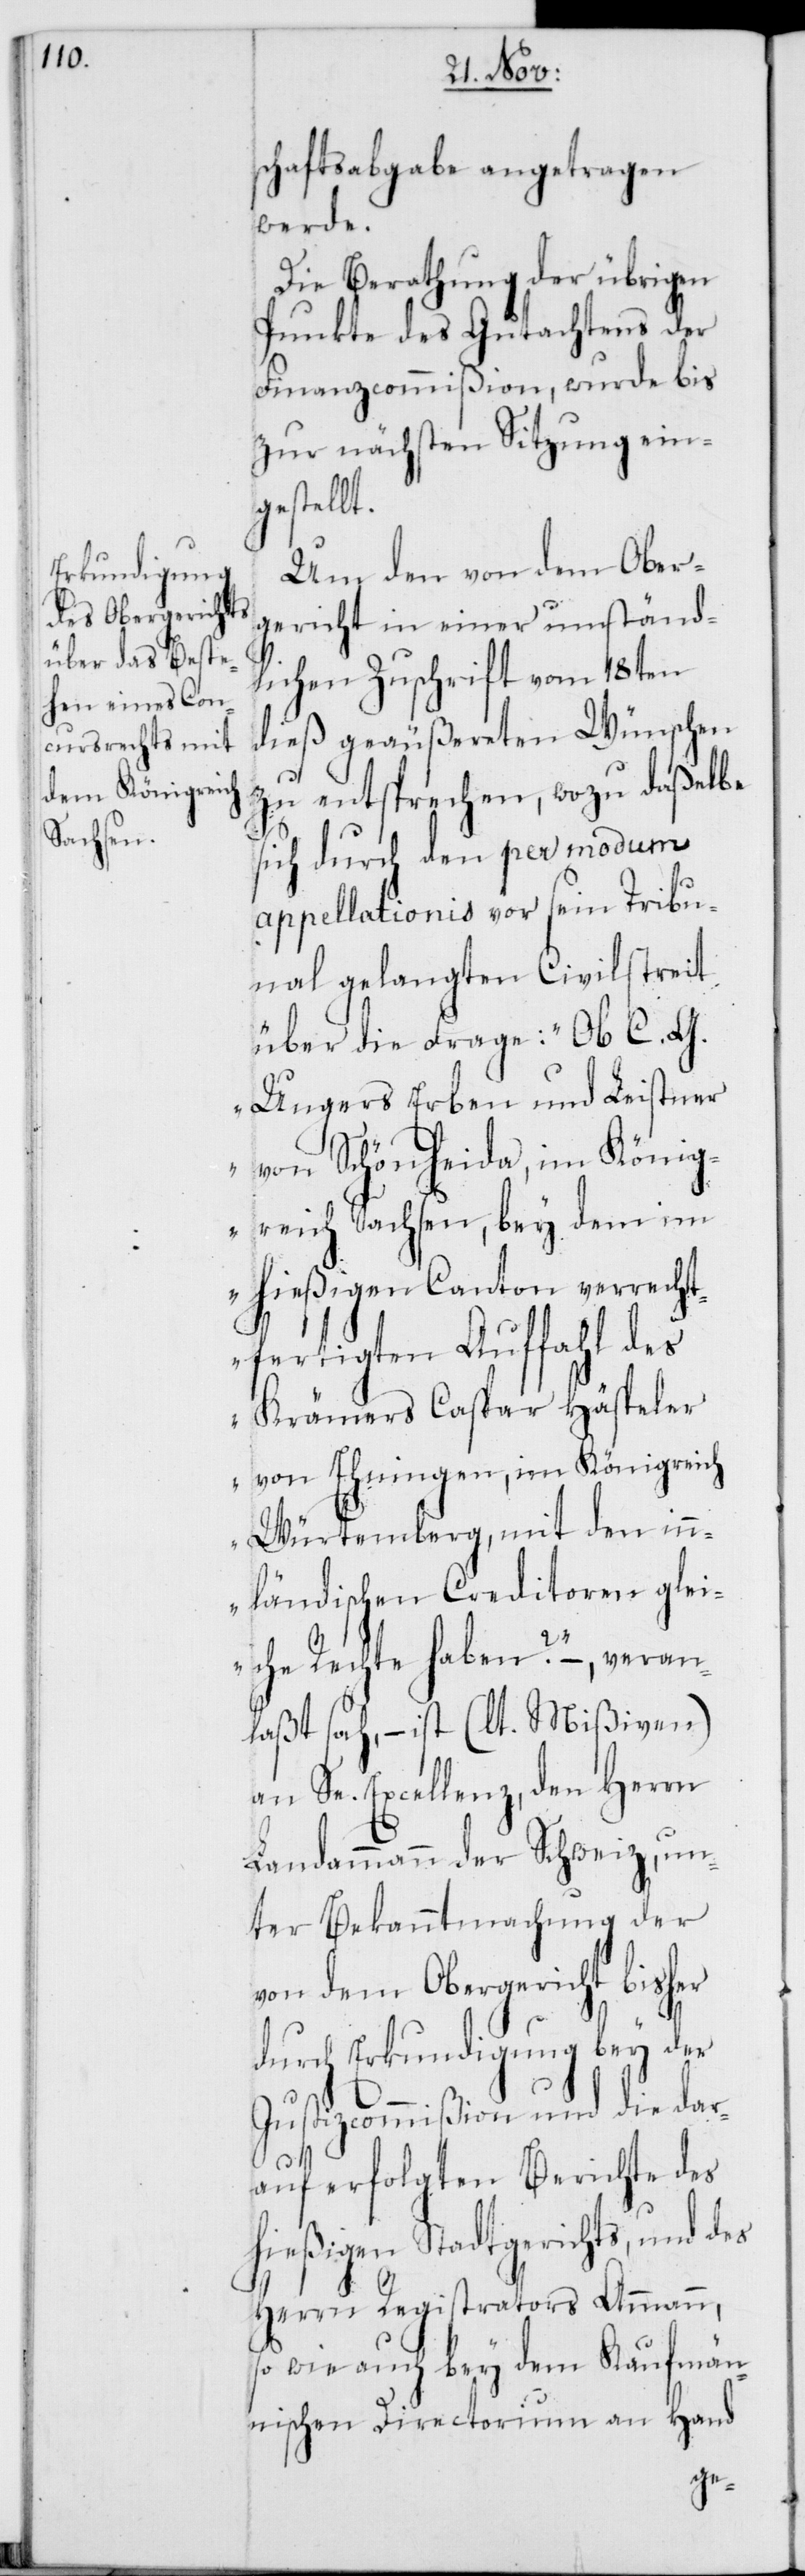
schaftsabgabe angetragen
werde.
Die Berathung der übrigen
Punkte des Gutachtens der
Finanzcommißion, wurde bis
zur nächsten Sitzung ein¬
gestellt.
Um den von dem Ober¬
gericht in einer umständ¬
lichen Zuschrift vom 18ten
dieß geäußereten Wünschen
zu entsprechen, wozu daßelbe
sich durch den per modum
appellationis vor sein Tribu¬
nal gelangten Civilstreit
über die Frage: „Ob C. G.
Ungers Erben und Leistner
von Schönheida, im König¬
reich Sachsen, bey dem im
hießigen Canton verrecht¬
fertigten Auffahl des
Krämers Caspar Häspeler
von Ehningen, im Königreich
Würtemberg, mit den in¬
nländischen Creditoren glei¬
che Rechte haben?“ –, veran¬
laßt sah, – ist (lt. Mißiven)
an Se. Excellenz den Herrn
Landammann der Schweiz, un¬
ter Bekanntmachung der
von dem Obergericht bisher
durch Erkundigung bey der
Justizcommißion und die dar¬
auf erfolgten Berichte des
hießigen Stadtgerichts, und des
Herrn Registrators Ammann,
so wie auch bey dem Kaufmän¬
nischen Directorium an Hand